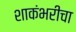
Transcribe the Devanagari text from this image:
शाकंभरीचा